Calcutta medical institutions reports 1879-81 [i.e.91]
Year: 1879
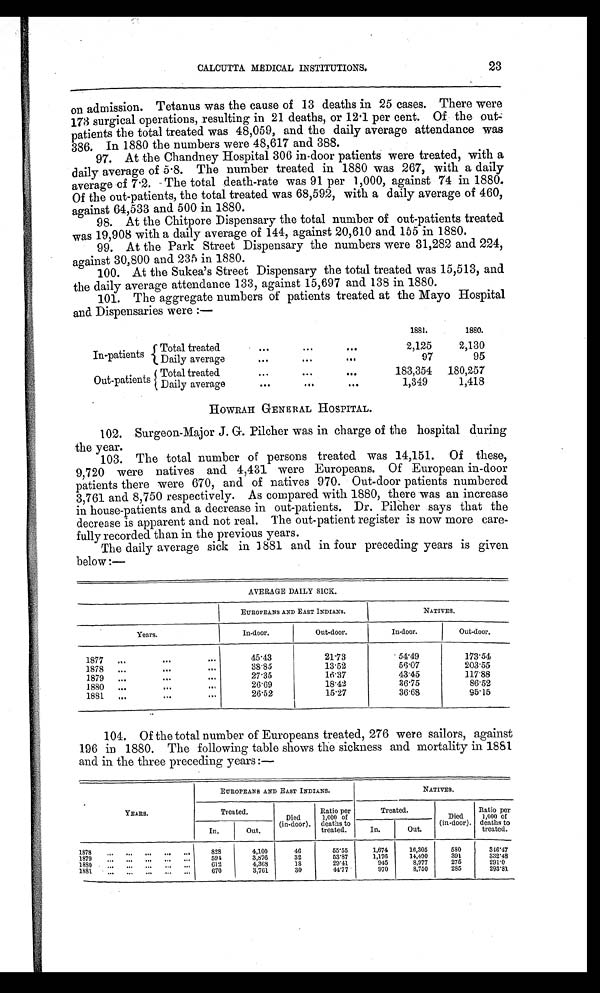
NATIVES.
Died
(in-door).
Ratio per
1,000 of
deaths to
treated.
Treated.
I
Out.
CALCUTTA MEDICAL INSTITUTIONS.
23
on admission. Tetanus was the cause of 13 deaths in 25 cases. There were
173 surgical operations, resulting in 21 deaths, or 12.1 per cent. Of the out-
patients the total treated was 48,059, and the daily average attendance was
386. In 1880 the numbers were 48,617 and 388.
97. At the Chandney Hospital 306 in-door patients were treated, with a
daily average of 5.8. The number treated in 1880 was 267, with a daily
average of 7.2. The total death-rate was 91 per 1,000, against 74 in 1880.
Of the out-patients, the total treated was 68,592, with a daily average of 460,
against 64,533 and 500 in 1880.
98. At the Chit-pore Dispensary the total number of out-patients treated
was 19,908 with a daily average of 144, against 20,610 and 155 in 1880.
99. At the Park Street Dispensary the numbers were 31,282 and 224,
against 30,800 and 235 in 1880.
100. At the Sukea's Street Dispensary the total treated was 15,513, and
the daily average attendance 133, against 15,697 and 138 in 1880.
101. The aggregate numbers of patients treated at the Mayo Hospital
and. Dispensaries were :—
1881.
1880.
In-patients p
-
n
Total treated
2,125
2,130
I
{
T
e••
• •
9••
D aily average
4•4
. • .
97
95
Out-patients c Total treated...
180,257
•• •
Daily average
SOO
GO•
1,349
1,418
H O W R A H G E N E R A L H O S P I T A L .
102. Surgeon-Major J. G. Filcher was in charge of the hospital during
the year.
103. The total number of persons treated was 14,151. Of these,
9,720 were natives and 4,431 were Europeans. Of European in-door
patients there were 670, and of natives 970. Out-door patients numbered
3,761 and 8,750 respectively. As compared with 1880, there was an increase
in house-patients and a decrease in out-patients. Dr. Filcher says that the
decrease is apparent and not real. The out-patient register is now more care-
fully recorded than in the previous years.
The daily average sick in 3881 and in four preceding years is given
below :—
AVERAGE DAILY SICK.
EUROPEANS AND EAST INDIANS.
NATIVES.
Years.
I
In-door.
Out-door.
In-door.
Out-door.
1877
..
1141
...
45. 43
21'73
' 54-49
1 7 3 . 5 4
1878
...
.44
0"
38'85
13-52
5 6 . 0 7
203-55
1879
..
OSA
27.3 5
16.37
43.45
117'88
1880
...
6110
••1
26.69
18.42
36'75
86-52
1881
.„
26.52
15-27
36'68
95.15
104. Of the total number of Europeans treated, 276 were sailors, against
196 in 1880. The following table shows the sickness and mortality in 1881
and in the three preceding years :—
EUROPEANS AND EAST INDIANS.
YEARS.
Treated.
Ratio per
Died
(in-door).
1,000 of
deaths to
In.
Out.
treated.
In.
•„„
1878
1879
1880
1881
.Se
•••
828
594
012
670
4,100
3,876
4,368
3,761
40
32
18
30
55.55
53.87
29.41
41/7
1,674
16,305
580
316.4,7
1,176
14,490
391
332.48
945
8,977
275
291'0
•
970
8,750
285
293.81
fk